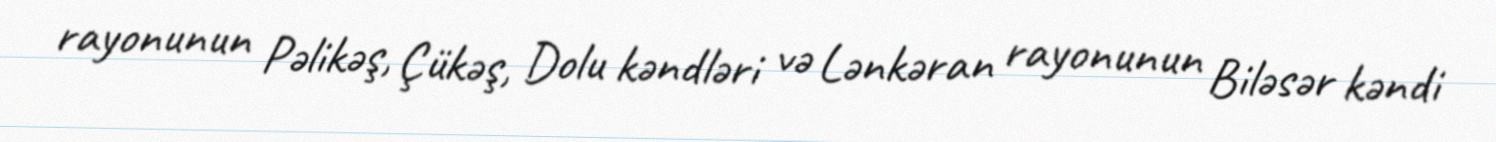
rayonunun Pəlikəş, Çükəş, Dolu kəndləri və Lənkəran rayonunun Biləsər kəndi